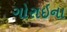
ગોરાઇના